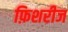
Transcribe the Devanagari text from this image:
फ़िशरीज